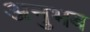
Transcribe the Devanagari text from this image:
अनुभब